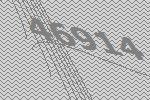
46914